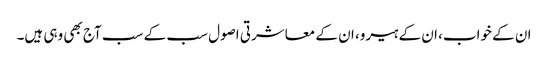
ان کے خواب، ان کے ہیرو، ان کے معاشرتی اصول سب کے سب آج بھی وہی ہیں۔